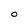
Character: O